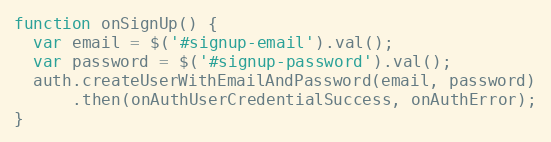
Language: JavaScript
function onSignUp() {
  var email = $('#signup-email').val();
  var password = $('#signup-password').val();
  auth.createUserWithEmailAndPassword(email, password)
      .then(onAuthUserCredentialSuccess, onAuthError);
}